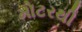
મોટરથી